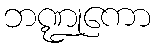
ဘဏ္ဍုကော